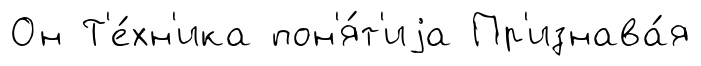
Он Т'е́хн'ика пон'я́т'иjа Пр'изнава́я